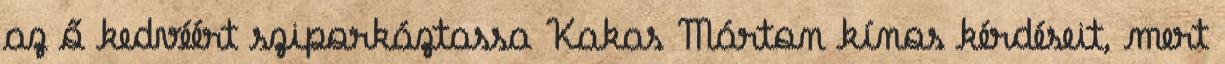
az ő kedvéért sziporkáztassa Kakas Márton kínos kérdéseit, mert